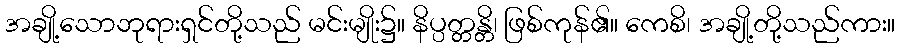
အချို့သောဘုရားရှင်တို့သည် မင်းမျိုး၌။ နိပ္ပတ္တန္တိ၊ ဖြစ်ကုန်၏။ ကေစိ၊ အချို့တို့သည်ကား။